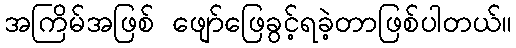
အကြိမ်အဖြစ် ဖျော်ဖြေခွင့်ရခဲ့တာဖြစ်ပါတယ်။